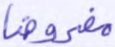
مفروضا